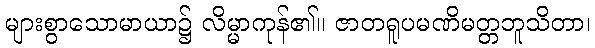
များစွာသောမာယာ၌ လိမ္မာကုန်၏။ ဇာတရူပမဏိမတ္တဘူသိတာ၊